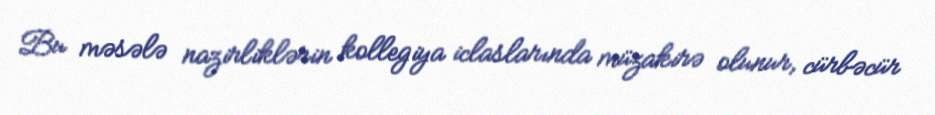
Bu məsələ nazirliklərin kollegiya iclaslarında müzakirə olunur, cürbəcür